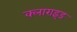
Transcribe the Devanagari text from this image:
क्लाराइड